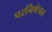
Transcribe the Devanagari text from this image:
परनिषेचन